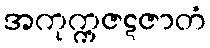
အကုက္ကဇဋဇာတံ